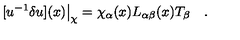
[ u ^ { - 1 } \delta u ] ( x ) \big | _ { \chi } = { \chi _ { \alpha } ( x ) } L _ { \alpha \beta } ( x ) T _ { \beta } \quad .